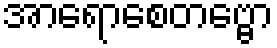
အာရောစေတဗ္ဗော